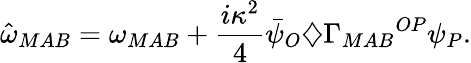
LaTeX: {\hat{\omega}}_{MAB}=\omega_{MAB}+\frac{i\kappa^{2}}{4}{\bar{\psi}}_{O}\diamondsuit{\Gamma_{MAB}}^{OP}\psi_{P}.